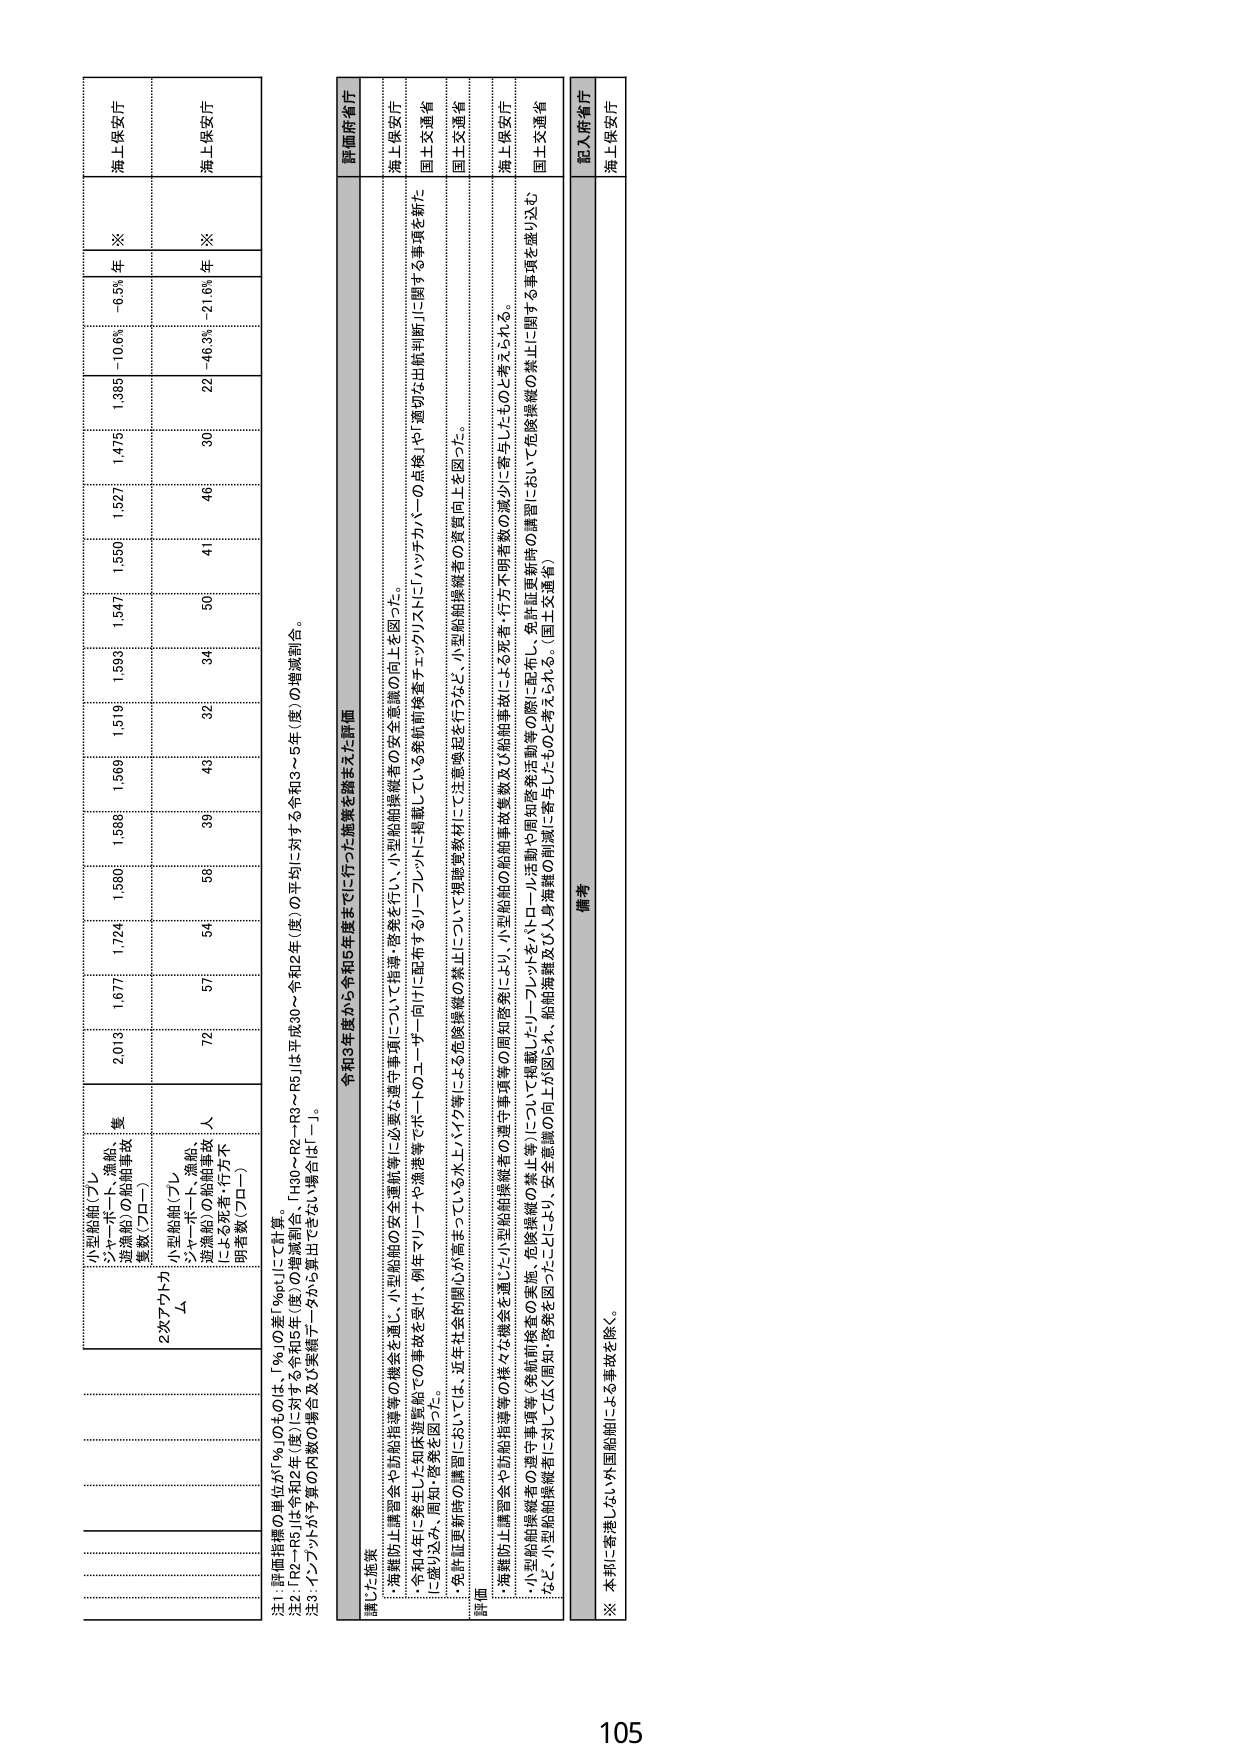
小型船舶（プレ
ジーナー・漁船・
遊漁船）の船舶事故
件数（プロー）
2次アクチナ
Δ
小型船舶（プレ
ジーナー・漁船・
遊漁船）の船舶事故
による死者・行方不
明者数（プロー）
2019
1,677
1,724
1,580
1,588
1,569
1,519
1,599
1,547
1,550
1,527
1,385
-10.6%
-6.5%
※
海上保安庁
72
57
54
56
39
49
32
34
41
46
30
22
-46.3%
-21.6%
※
海上保安庁
注1：評価指標の単位が「％」のものは、「％」の差「96pt」にて計算。
注2：「R2～R5」は令和2年（度）に対する令和5年（度）の増減割合、「H30～R2～R3～R5」は平成30～令和2年（度）の平均に対する令和3～5年（度）の増減割合。
注3：インプットが予算の内数の場合及び実績データから算出できない場合は「－」。
令和3年度から令和5年度までに行った施策を踏まえた評価
評価府省庁
講じた施策
・港難防止講習会や防船指導等の機会を通じ、小型船舶の安全運航等に必要な遵守事項について指導・啓発を行い、小型船舶操縦者の安全意識の向上を図った。
・令和4年に発生した知床遊覧船での事故を受け、例年マリーナや漁港等でボートのユーザー向けに配布するリーフレットに掲載している乗船前検査チェックリストに「ハッチカバーの点検」や「適切な出航判断」に関する事項を新たに盛り込み、周知・啓発を図った。
・免許証更新時の講習については、近年社会的関心が高まっている水上バイク等による危険操縦の禁止について視聴覚教材にて注意喚起を行うなど、小型船舶操縦者の資質向上を図った。
評価
・港難防止講習会や防船指導等の様々な機会を通じた小型船舶操縦者の遵守事項等の周知啓発により、小型船舶の船舶事故件数及び船舶事故による死者・行方不明者数の減少に寄与したものと考えられる。
・小型船舶操縦者の遵守事項等（免許証更新時の実施、危険操縦の禁止等）について掲載したリーフレットをバロール活動や周知啓発活動等の際に配布し、免許証更新時の講習において危険操縦の禁止に関する事項を盛り込むなど、小型船舶操縦者に対して広く周知・啓発を図ったことにより、安全意識の向上が図られ、船舶海難及び人身海難の削減に寄与したものと考えられる。（国土交通省）
備考
記入府省庁
海上保安庁
※ 本邦に寄港しない外国船舶による事故を除く。
105